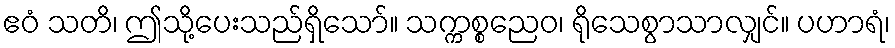
ဧဝံ သတိ၊ ဤသို့ပေးသည်ရှိသော်။ သက္ကစ္စညေဝ၊ ရိုသေစွာသာလျှင်။ ပဟာရံ၊